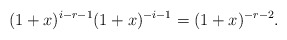
\begin{align*}(1+x)^{i-r-1}(1+x)^{-i-1}=(1+x)^{-r-2}.\end{align*}